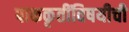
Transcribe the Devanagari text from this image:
पाककृतींविषयीची